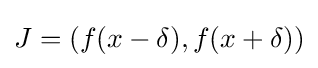
J=(f(x-\delta ),f(x+\delta ))